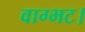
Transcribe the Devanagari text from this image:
वाग्भट।